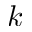
k